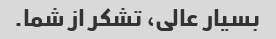
بسیار عالی، تشکر از شما.